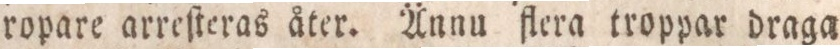
ropare arreſteras åter. Ännu flera troppar draga